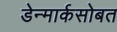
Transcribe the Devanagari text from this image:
डेन्मार्कसोबत